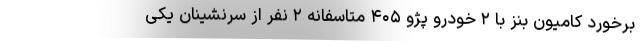
برخورد کامیون بنز با ۲ خودرو پژو ۴۰۵ متاسفانه ۲ نفر از سرنشینان یکی